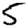
Digit: 5